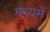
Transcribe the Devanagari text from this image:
मध्यमें